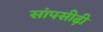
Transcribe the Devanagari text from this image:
सांपसीढ़ी